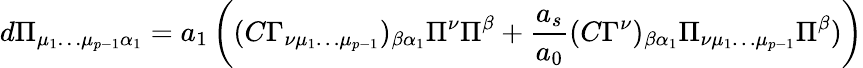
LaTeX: d\Pi_{\mu_{1}\dots\mu_{p-1}\alpha_{1}}=a_{1}\left((C\Gamma_{\nu\mu_{1}\dots\mu_{p-1}})_{\beta\alpha_{1}}\Pi^{\nu}\Pi^{\beta}+{\frac{a_{s}}{a_{0}}}(C\Gamma^{\nu})_{\beta\alpha_{1}}\Pi_{\nu\mu_{1}\dots\mu_{p-1}}\Pi^{\beta})\right)